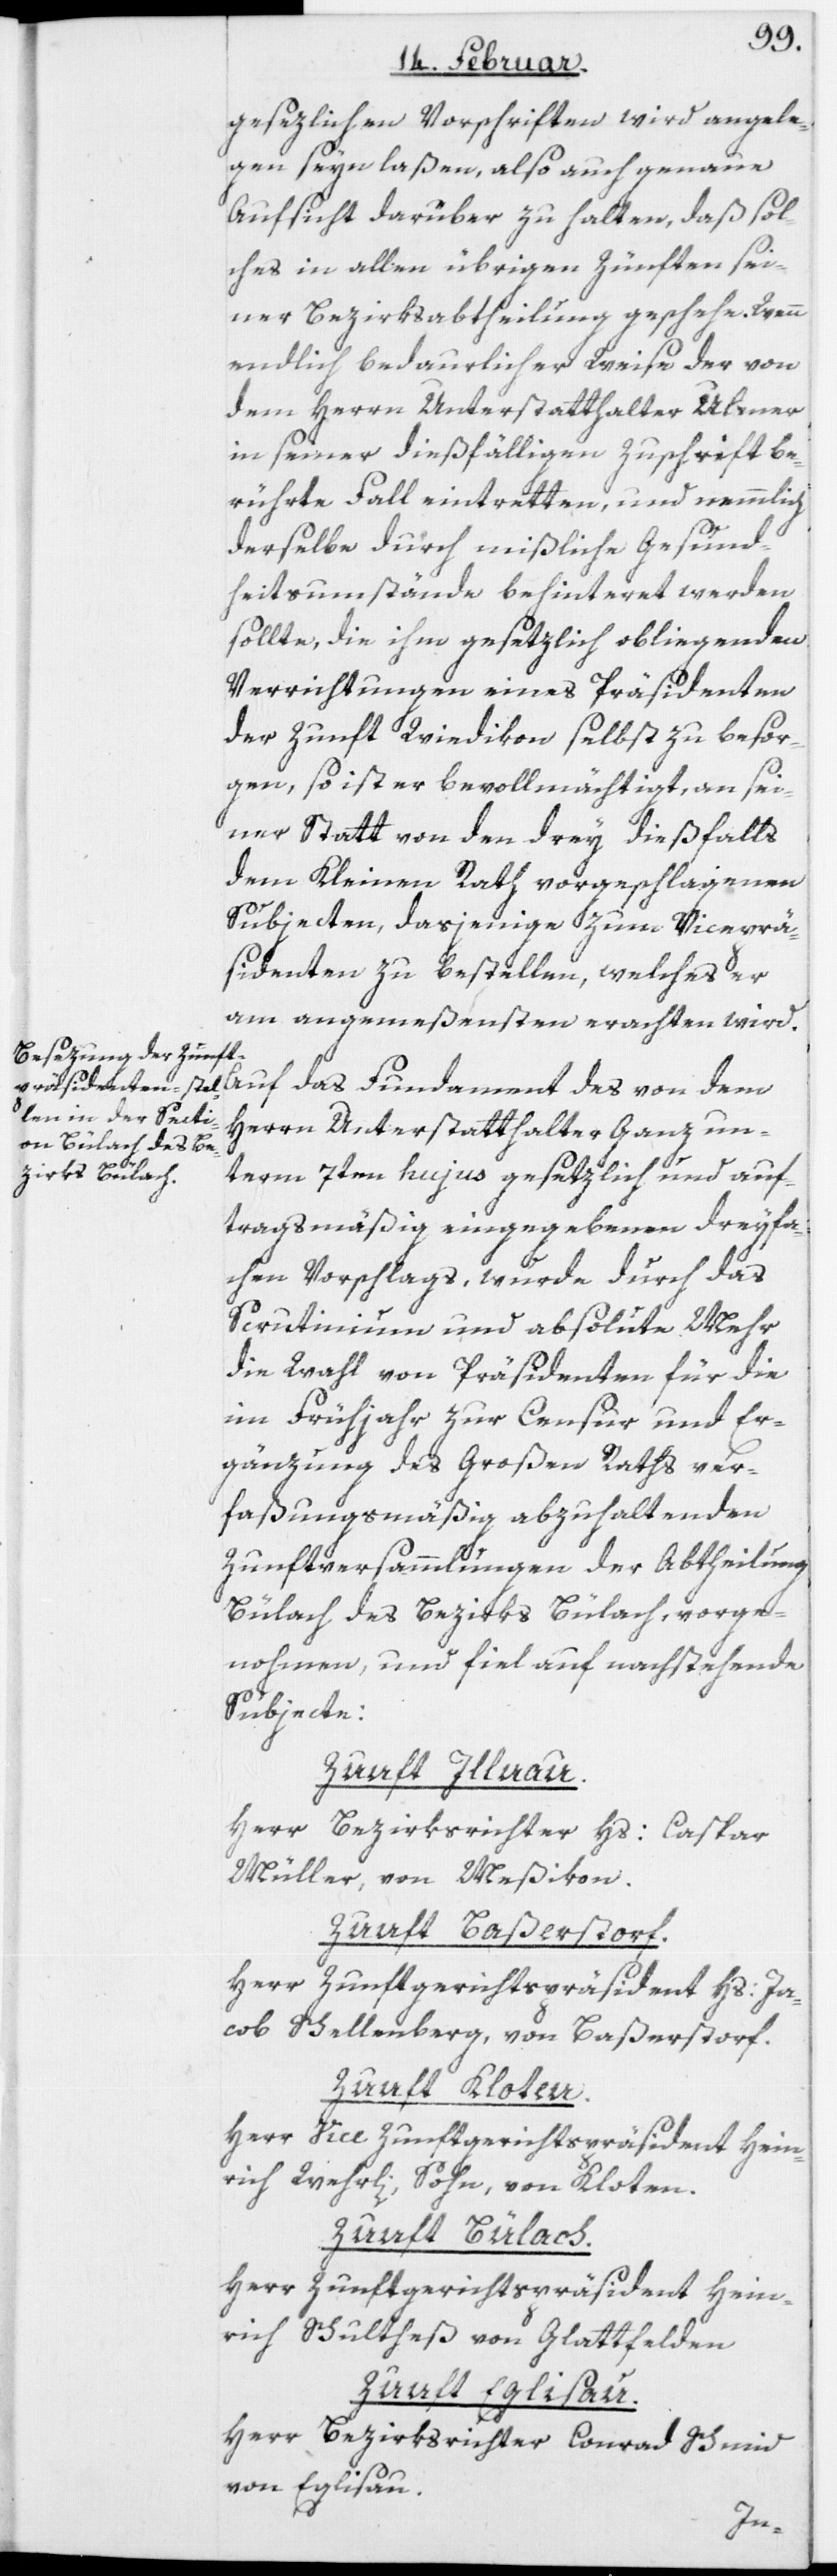
gesezlichen Vorschriften wird angele¬
gen seyn laßen, also auch genaue
Aufsicht darüber zu halten, daß sol¬
ches in allen übrigen Zünften sei¬
ner Bezirksabtheilung geschehe. Wenn
endlich bedauerlicher Weise der von
dem Herrn Unterstatthalter Ulmer
in seiner dießfälligen Zuschrift be¬
rührte Fall eintretten, und nemmlich
derselbe durch mißliche Gesund¬
heitsumstände behinteret werden
sollte, die ihm gesetzlich obliegenden
Verrichtungen eines Präsidenten
der Zunft Wiedikon selbst zu besor¬
gen, so ist er bevollmächtigt, an sei¬
ner Statt von den drey dießfalls
dem Kleinen Rath vorgeschlagenen
Subjecten, dasjenige zum Viceprä¬
sidenten zu bestellen, welches er
am angemeßensten erachten wird.
Herrn Unterstatthalter Ganz un¬
des
term 7ten hujus gesetzlich und auf¬
tragsmäßig eingegebenen dreyfa¬
chen Vorschlags, wurde durch das
Scrutinium und absolute Mehr
die Wahl von Präsidenten für die
im Frühjahr zur Censur und Er¬
gänzung des Großen Raths ver¬
faßungsmäßig abzuhaltenden
Zunftversammlungen der Abtheilung
Bülach des Bezirks Bülach, vorge¬
nohmen, und fiel auf nachstehende
Subjecte:
Zunft Illnau.
Herr Bezirksrichter Hs: Caspar
Müller, von Meßikon.
Zunft Baßerstorf.
Herr Zunftgerichtspräsident Hs: Ja¬
cob Schellenberg, von Baßerstorf.
Zunft Kloten.
Herr Vice[-]Zunftgerichtspräsident Hein¬
rich Wehrli, Sohn, von Kloten.
Zunft Bülach.
Herr Zunftgerichtspräsident Hein¬
rich Schultheß, von Glattfelden.
Zunft Eglisau.
Herr Bezirksrichter Conrad Schmid,
von Eglisau.